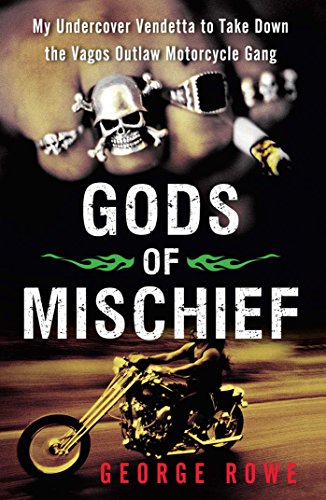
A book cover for Gods of Mischief: My Undercover Vendetta to Take Down the Vagos Outlaw Motorcycle Gang; George Rowe; Biographies & Memoirs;